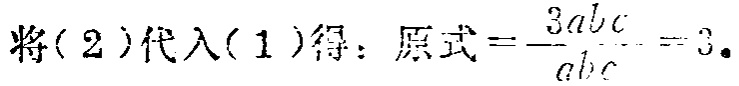
将(2)代入(1)得：原式\(=\frac{3abc}{abc}=3\)。